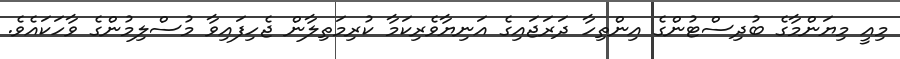
މިއީ މިޔަންމާގެ ބުދިސްޓުންގެ އިންތިހާ ދަރަޖައިގެ އަނިޔާވެރިކަމާ ކުރިމަތިލާން ޖެހިފައިވާ މުސްލިމުންގެ ވާހަކައެވެ.